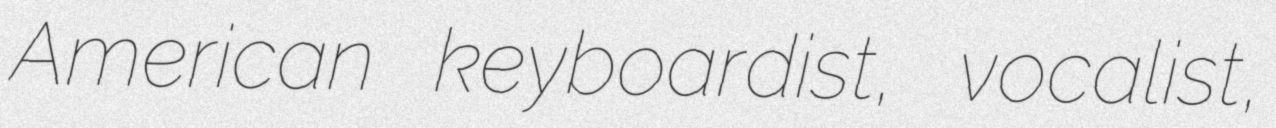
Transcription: American keyboardist, vocalist,